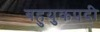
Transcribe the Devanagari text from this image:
बहुयुकपदी